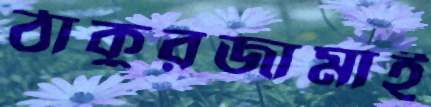
ঠাকুরজামাই